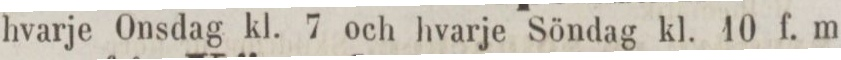
hvarje Onsdag kl. 7 och hvarje Söndag kl. 10 f. m.